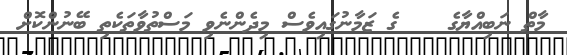
މާތް ނަބިއްޔާގެ    ގެ ޒަމާނުގައިވެސް މިދެންނެވި މަސްތުވާތަކެތި ބޭނުންކޮށް